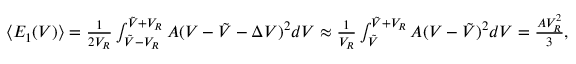
\begin{array} { r } { \langle E _ { 1 } ( V ) \rangle = \frac 1 { 2 V _ { R } } \int _ { \tilde { V } - V _ { R } } ^ { \tilde { V } + V _ { R } } A ( V - \tilde { V } - \Delta V ) ^ { 2 } d V \approx \frac 1 { V _ { R } } \int _ { \tilde { V } } ^ { \tilde { V } + V _ { R } } A ( V - \tilde { V } ) ^ { 2 } d V = \frac { A V _ { R } ^ { 2 } } 3 , } \end{array}